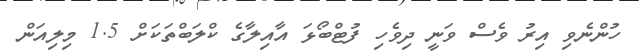
ހުންނެވި އިރު ވެސް ވަނީ ދިވެހި ފުޓްބޯޅަ އާއިލާގެ ކްލަބްތަކަށް 1.5 މިލިއަން